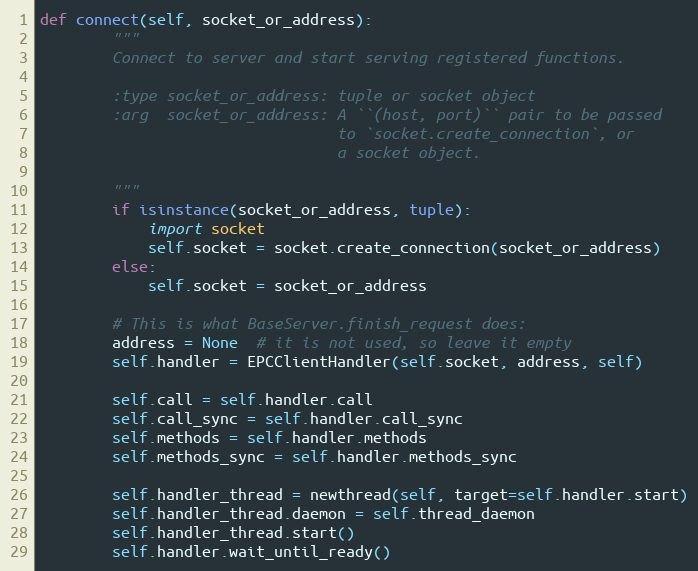
Language: Python
def connect(self, socket_or_address):
        """
        Connect to server and start serving registered functions.

        :type socket_or_address: tuple or socket object
        :arg  socket_or_address: A ``(host, port)`` pair to be passed
                                 to `socket.create_connection`, or
                                 a socket object.

        """
        if isinstance(socket_or_address, tuple):
            import socket
            self.socket = socket.create_connection(socket_or_address)
        else:
            self.socket = socket_or_address

        # This is what BaseServer.finish_request does:
        address = None  # it is not used, so leave it empty
        self.handler = EPCClientHandler(self.socket, address, self)

        self.call = self.handler.call
        self.call_sync = self.handler.call_sync
        self.methods = self.handler.methods
        self.methods_sync = self.handler.methods_sync

        self.handler_thread = newthread(self, target=self.handler.start)
        self.handler_thread.daemon = self.thread_daemon
        self.handler_thread.start()
        self.handler.wait_until_ready()